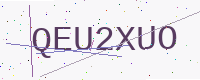
Text: QEU2XUO